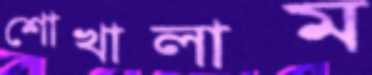
শোখালাম